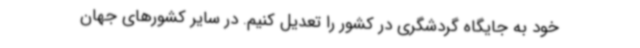
خود به جایگاه گردشگری‌ در کشور را تعدیل کنیم. در سایر کشورهای جهان